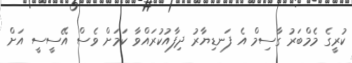
ކުރީގެ މެމްބަރު ގާސިމް އެ ފަނޑިޔާރު ދިފާއުކުރައްވާ ކަމަށް ވެސް އޭސީސީ އަށް